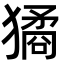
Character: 獝